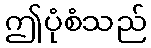
ဤပုံစံသည်